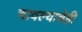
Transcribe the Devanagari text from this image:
चावल्याचेही